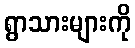
ရွာသားများကို